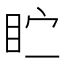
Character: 𪾣